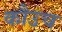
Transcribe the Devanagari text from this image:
कौउच